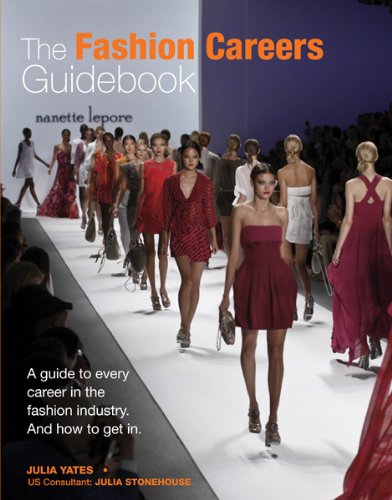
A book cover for The Fashion Careers Guidebook: A Guide to Every Career in the Fashion Industry and How to Get It; Julia Yates; Business & Money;